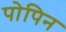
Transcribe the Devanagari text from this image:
पोपिन